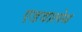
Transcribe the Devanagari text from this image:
एडवालेथ